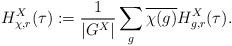
LaTeX: \begin{align*}H_{\chi,r}^{X}(\tau):=\frac{1}{|G^X|}\sum_{g}\overline{\chi(g)}H_{g,r}^{X}(\tau).\end{align*}